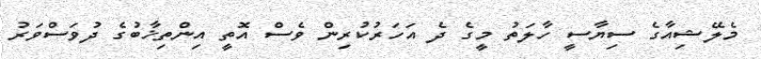
މެލޭޝިއާގެ ސިޔާސީ ހާލަތު މީގެ ދެ އަހަރުކުރިން ވެސް އޮތީ އިންތިޚާބުގެ ދުވަސްވަރު